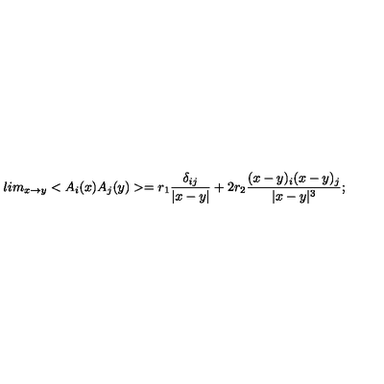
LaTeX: l i m _ { x \rightarrow y } < A _ { i } ( x ) A _ { j } ( y ) > = r _ { 1 } \frac { \delta _ { i j } } { | x - y | } + 2 r _ { 2 } \frac { ( x - y ) _ { i } ( x - y ) _ { j } } { | x - y | ^ { 3 } } ;